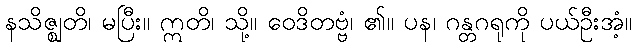
နသိဇ္ဈတိ၊ မပြီး။ ဣတိ၊ သို့။ ဝေဒိတဗ္ဗံ၊ ၏။ ပန၊ ဂန္တဂရုကို ပယ်ဦးအံ့။